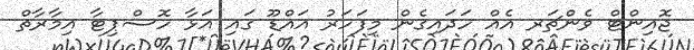
ޖޮއިންޓް ވެންޗަރ އެއް ހަދައިގެން މިފަހަރު އައްޑޫ ގައި އަޅާ ހޮސްޕިޓާ އިމާރާތް